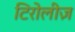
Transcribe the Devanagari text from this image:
टिरोलीज़